Snake-venoms in relation to hæmolysis - Number 17
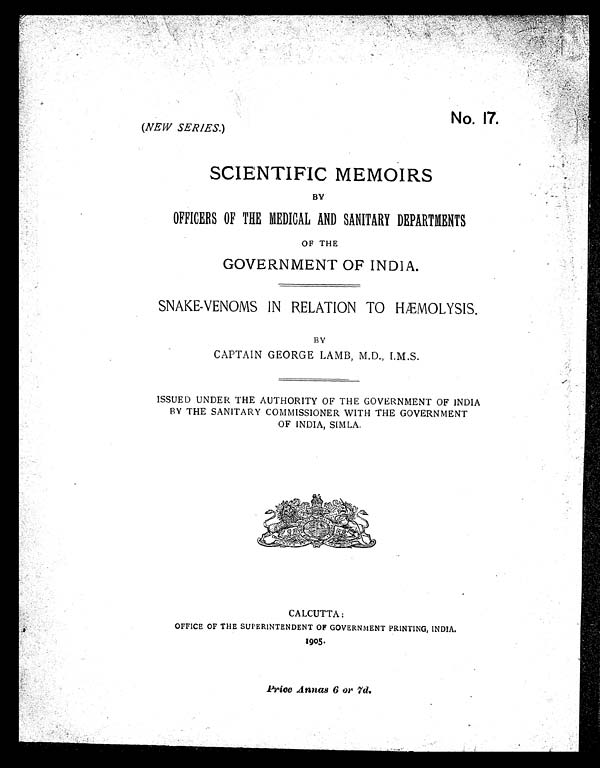
No. 17.
(NEW SERIES. )
SCIENTIFIC MEMOIRS
BY
OFFICERS OF THE MEDICAL AND SANITARY DEPARTMENTS
OF THE
GOVERNMENT OF INDIA.
SNAKE-VENOMS IN RELATION TO HÆMOLYSIS.
BY
CAPTAIN GEORGE LAMB, M.D., I.M.S.
ISSUED UNDER THE AUTHORITY OF THE GOVERNMENT OF INDIA
BY THE SANITARY COMMISSIONER WITH THE GOVERNMENT
OF INDIA, SIMLA.
CALCUTTA:
OFFICE OF THE SUPERINTENDENT OF GOVERNMENT PRINTING, INDIA.
1905.
Price Annas 6 or 7d.